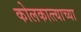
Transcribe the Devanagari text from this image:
कोलकात्त्याच्या